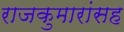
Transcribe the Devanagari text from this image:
राजकुमारांसह